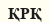
ҚРҚ